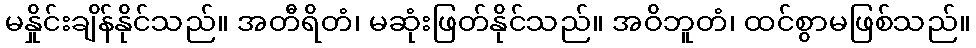
မနှိုင်းချိန်နိုင်သည်။ အတီရိတံ၊ မဆုံးဖြတ်နိုင်သည်။ အဝိဘူတံ၊ ထင်စွာမဖြစ်သည်။